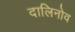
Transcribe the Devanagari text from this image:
दालिनोव